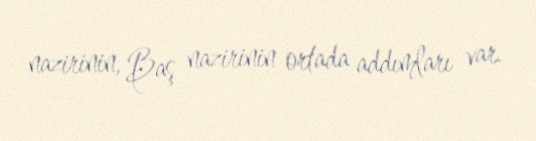
nazirinin, Baş nazirinin ortada addımları var.